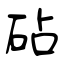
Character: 砧